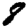
Digit: 8